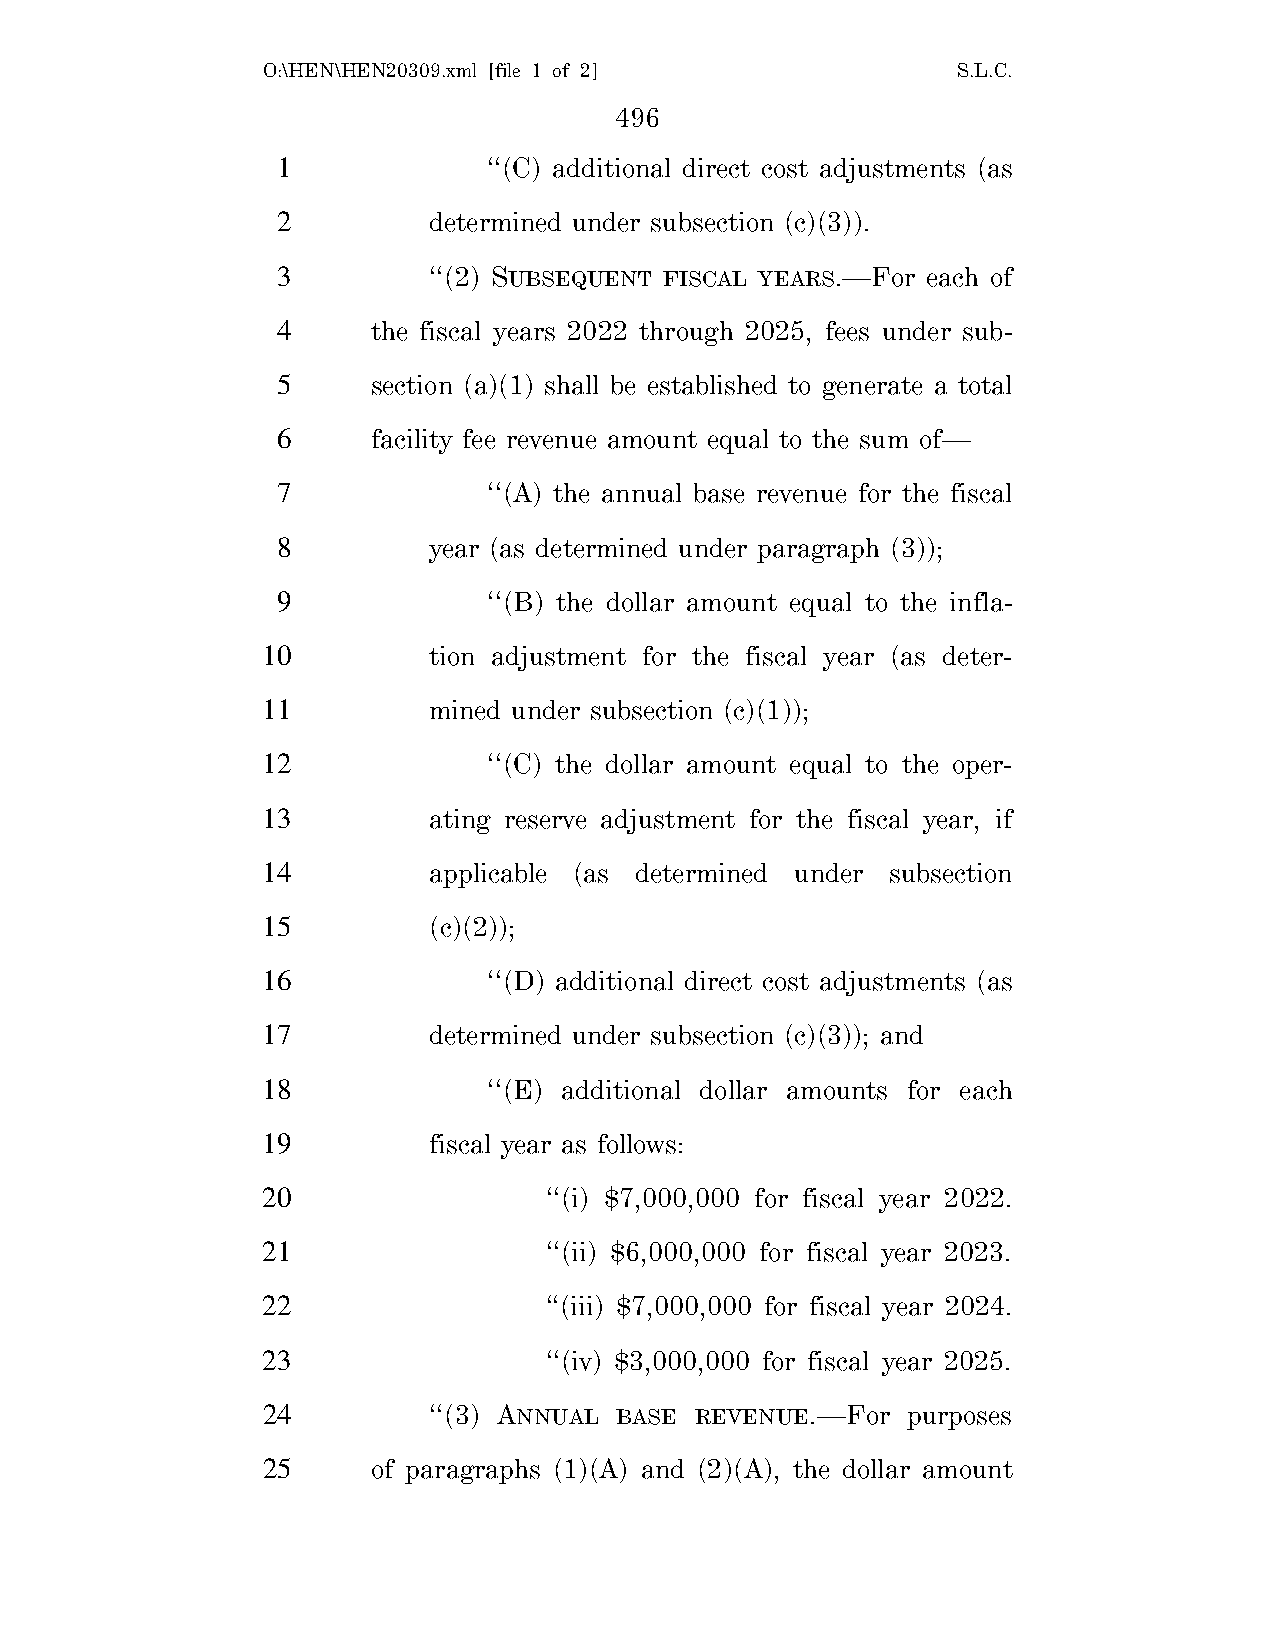
O:\HEN\HEN20309.xml [file 1 of 2]             S.L.C.
 496
 1             ‘‘(C) additional direct cost adjustments (as
 2         determined under subsection (c)(3)).
 3         ‘‘(2) SUBSEQUENT FISCAL YEARS.—For each of
 4      the fiscal years 2022 through 2025, fees under sub-
 5      section (a)(1) shall be established to generate a total
 6      facility fee revenue amount equal to the sum of—
 7             ‘‘(A) the annual base revenue for the fiscal
 8         year (as determined under paragraph (3));
 9             ‘‘(B) the dollar amount equal to the infla-
 10         tion adjustment for the fiscal year (as deter-
 11         mined under subsection (c)(1));
 12             ‘‘(C) the dollar amount equal to the oper-
 13         ating reserve adjustment for the fiscal year, if
 14         applicable (as determined under subsection
 15         (c)(2));
 16             ‘‘(D) additional direct cost adjustments (as
 17         determined under subsection (c)(3)); and
 18             ‘‘(E) additional dollar amounts for each
 19         fiscal year as follows:
 20                 ‘‘(i) $7,000,000 for fiscal year 2022.
 21                 ‘‘(ii) $6,000,000 for fiscal year 2023.
 22                 ‘‘(iii) $7,000,000 for fiscal year 2024.
 23                 ‘‘(iv) $3,000,000 for fiscal year 2025.
 24         ‘‘(3) ANNUAL BASE REVENUE.—For  purposes
 25      of paragraphs (1)(A) and (2)(A), the dollar amount